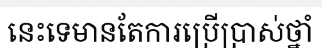
នេះទេមានតែការប្រើប្រាស់ថ្នាំ